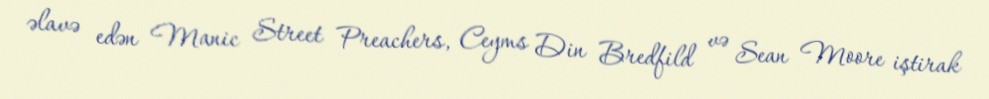
əlavə edən Manic Street Preachers, Ceyms Din Bredfild və Sean Moore iştirak